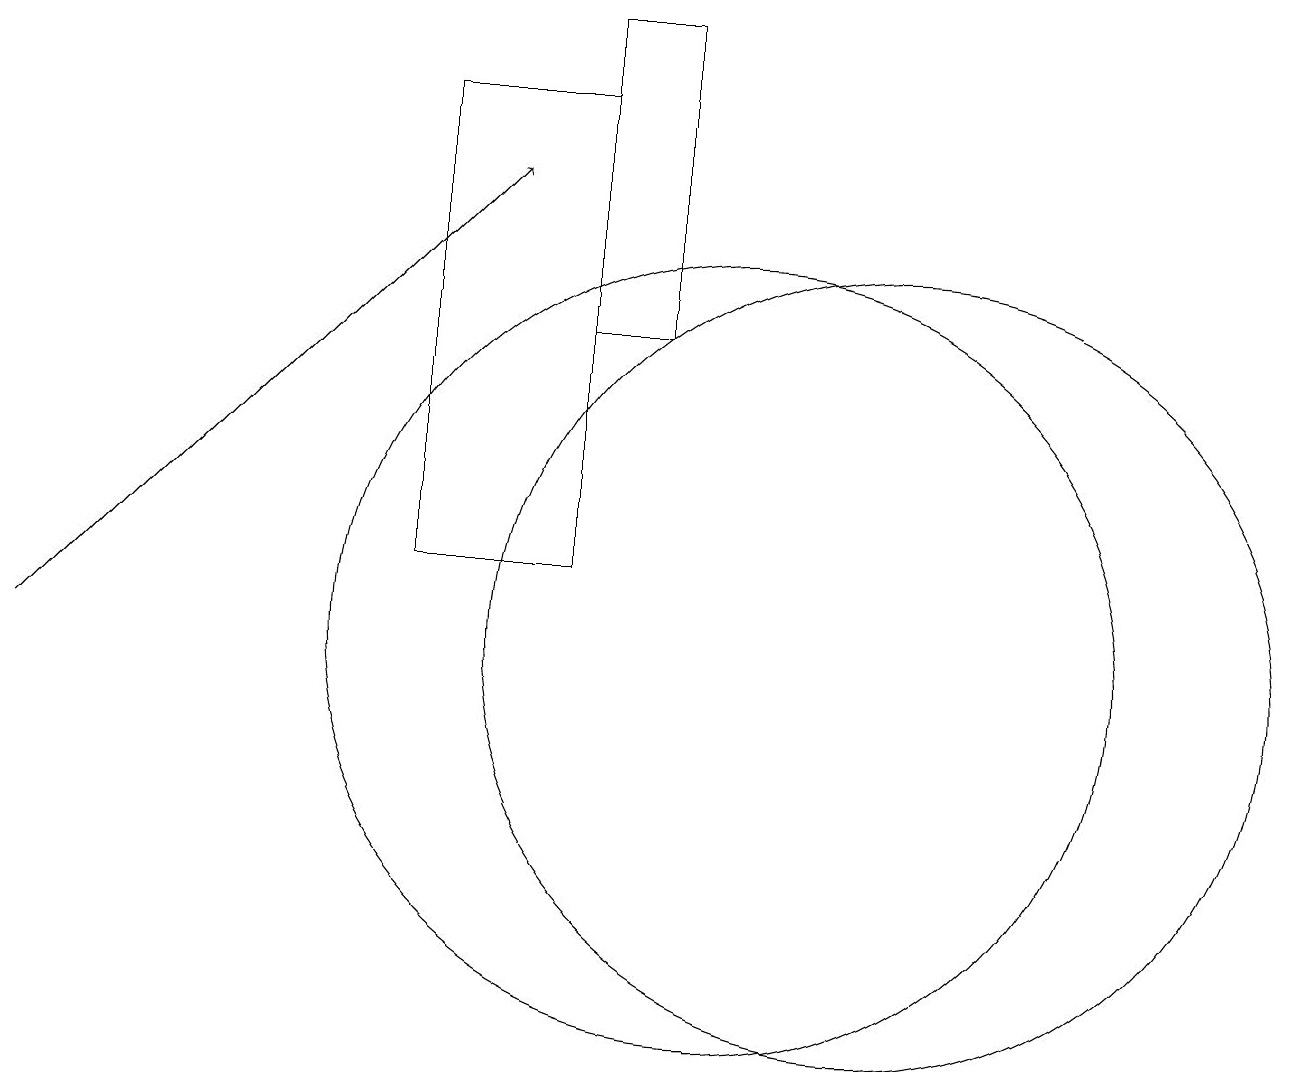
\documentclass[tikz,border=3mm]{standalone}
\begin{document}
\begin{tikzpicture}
\draw (10,11) circle (5);
\draw (12,11) circle (5);
\draw[->] (1,11) -- (7,17);
\draw (8,18) rectangle (6,12);
\draw (8,15) rectangle (9,19);
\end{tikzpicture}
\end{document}